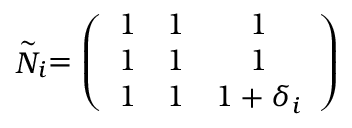
\stackrel { \sim } { N } _ { i } = \left( \begin{array} { c c c } { { 1 } } & { { 1 } } & { { 1 } } \\ { { 1 } } & { { 1 } } & { { 1 } } \\ { { 1 } } & { { 1 } } & { { 1 + \delta _ { i } } } \end{array} \right)